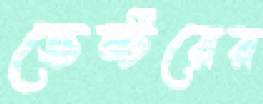
ভেন্টরের